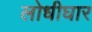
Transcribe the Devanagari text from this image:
लोधीघार